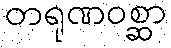
တရုဏဝစ္ဆာ